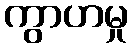
ကွာဟမှု